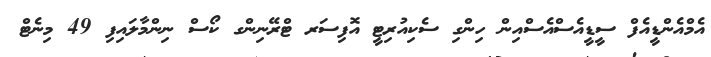
އެމްއެންޑީއެފް ސީޑީއެސްއެސްއިން ހިންގި ސެކިއުރިޓީ އޮފިސަރ ޓްރޭނިންގ ކޯސް ނިންމާލައިފި 49 މިނެޓް